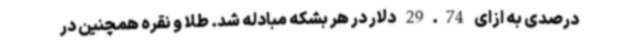
درصدی به ازای 29.74 دلار در هر بشکه مبادله شد. طلا و نقره همچنین در